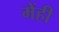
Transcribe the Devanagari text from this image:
मेंही